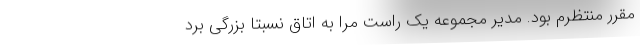
مقرر منتظرم بود. مدیر مجموعه یک راست مرا به اتاق نسبتاً بزرگی برد